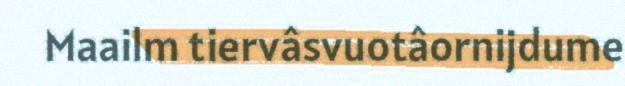
Maailm tiervâsvuotâornijdume